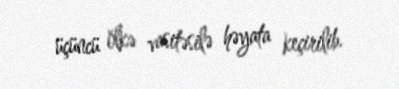
üçüncü ölkə vasitəsilə həyata keçirilib.